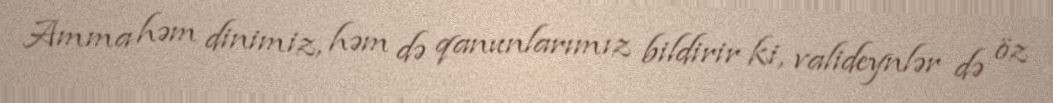
Amma həm dinimiz, həm də qanunlarımız bildirir ki, valideynlər də öz